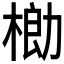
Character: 𬃌